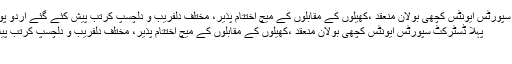
پہلا ڈسٹرکٹ سپورٹس ایونٹس کچھی بولان منعقد ،کھیلوں کے مقابلوں کے میچ اختتام پذیر، مختلف دلفریب و دلچسپ کرتب پیش کئے گئے اُردو پوائنٹ پاکستان
پہلا ڈسٹرکٹ سپورٹس ایونٹس کچھی بولان منعقد ،کھیلوں کے مقابلوں کے میچ اختتام پذیر، مختلف دلفریب و دلچسپ کرتب پیش کئے گئے
کوئٹہ۔